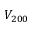
V _ { 2 0 0 }